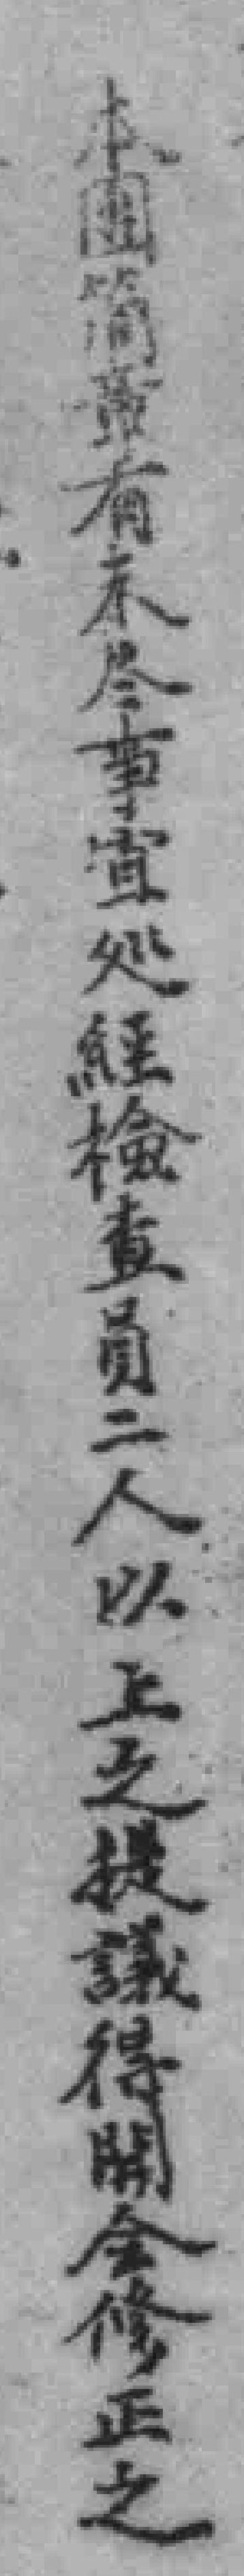
本團簡章有未尽事宜処經檢查員二人以上之提議得開全修正之